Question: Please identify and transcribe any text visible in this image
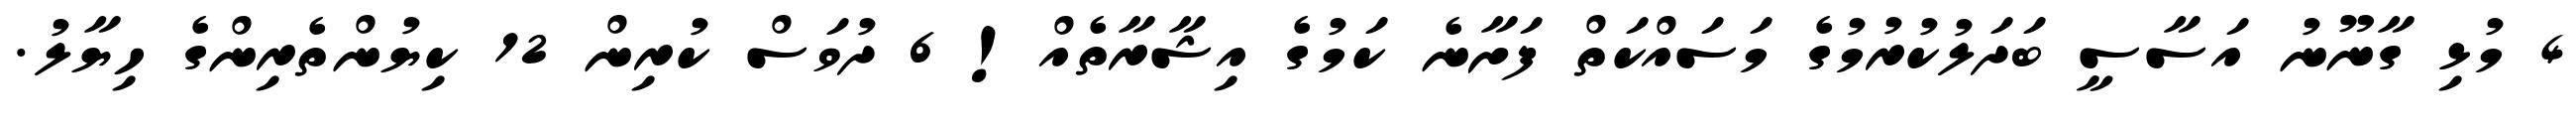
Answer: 4 މުޅި ގާނޫނު އަސާސީ ބަދަލުކުރުމުގެ މަސައްކަތް ފަށާނެ ކަމުގެ އިޝާރާތެއް! 6 ދުވަސް ކުރިން 12 ކިޔުންތެރިންގެ ހިޔާލު.